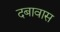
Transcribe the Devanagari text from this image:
दबावास